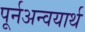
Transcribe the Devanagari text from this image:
पूर्नअन्वयार्थ